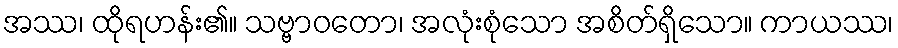
အဿ၊ ထိုရဟန်း၏။ သဗ္ဗာဝတော၊ အလုံးစုံသော အစိတ်ရှိသော။ ကာယဿ၊